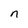
Character: n